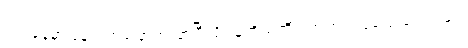
ရက်နေ့မှာပြန်လွတ်မြောက်လာပြီလို့ သူကိုယ်တိုင် အတည်ပြုပြောခဲ့ပါတယ်။